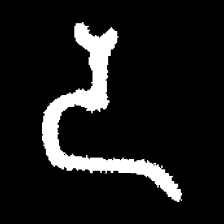
Pyu character \u2014 Myanmar letter: ဒ (romanized: da)